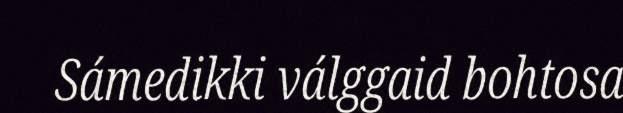
Sámedikki válggaid bohtosa